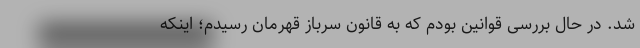
شد. در حال بررسی قوانین بودم که به قانون سرباز قهرمان رسیدم؛ اینکه